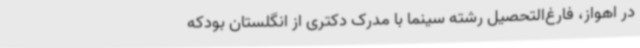
در اهواز، فارغ‌التحصیل رشته سینما با مدرک دکتری از انگلستان بودکه